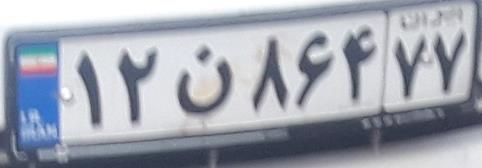
۱۲ن۸۶۴۷۷